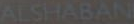
ALSHABANI